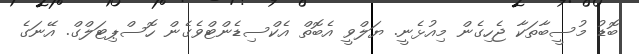
ބޮޑު މުސީބާތަކާ ޖެހިގެން މިއުޅެނީ. ޔަލްވީ އެބޮތް އެކްސިޑެންޓްވެގެން ހޮސްޕިޓަލްގް. އޭނަގެ